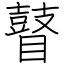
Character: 瞽